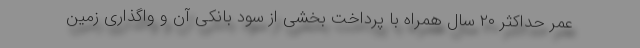
عمر حداکثر ۲۰ سال همراه با پرداخت بخشی از سود بانکی آن و واگذاری زمین